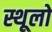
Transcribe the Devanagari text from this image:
स्थूलो